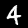
Label: 4